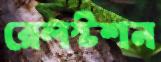
রেলস্টশন